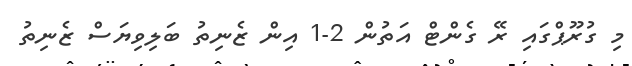
މި ގުރޫޕްގައި ރޭ ގެންޓް އަތުން 2-1 އިން ޒެނިތު ބަލިވިޔަސް ޒެނިތު